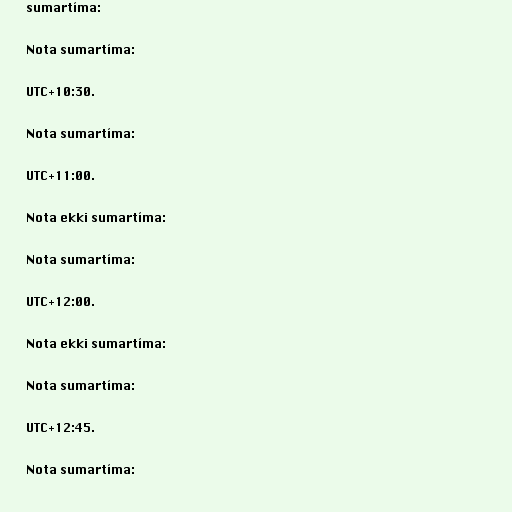
sumartíma:

Nota sumartíma:

UTC+10:30.

Nota sumartíma:

UTC+11:00.

Nota ekki sumartíma:

Nota sumartíma:

UTC+12:00.

Nota ekki sumartíma:

Nota sumartíma:

UTC+12:45.

Nota sumartíma: